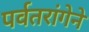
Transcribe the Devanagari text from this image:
पर्वतरांगेने